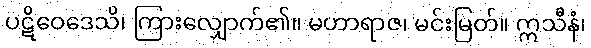
ပဋိဝေဒေသိ၊ ကြားလျှောက်၏။ မဟာရာဇ၊ မင်းမြတ်။ ဣသီနံ၊